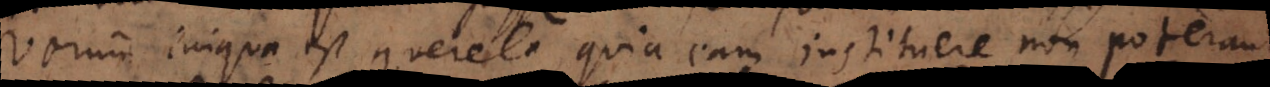
Verum iniqua est querela, quia eam instituere non poterant